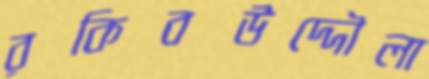
রকিবউদ্দৌলা